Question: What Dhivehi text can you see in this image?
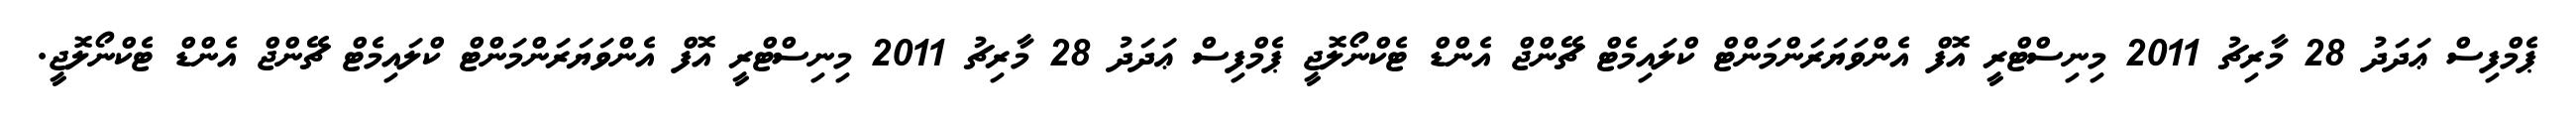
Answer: ޕެމްފިސް ޢަދަދު 28 މާރިޗު 2011 މިނިސްޓްރީ އޮފް އެންވަޔަރަންމަންޓް ކްލައިމެޓް ޗޭންޖް އެންޑް ޓެކްނޯލޮޖީ ޕެމްފިސް ޢަދަދު 28 މާރިޗު 2011 މިނިސްޓްރީ އޮފް އެންވަޔަރަންމަންޓް ކްލައިމެޓް ޗޭންޖް އެންޑް ޓެކްނޯލޮޖީ.